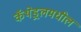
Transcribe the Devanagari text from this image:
कॅथेड्रलमधील